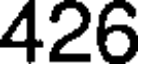
426